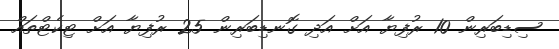
ސިޑިބަރިން 10 ރުފިޔާ އަށް އަދި ގޮނޑިބަރިން 25 ރުފިޔާ އަށް ޓިކެޓްތައް